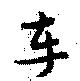
車